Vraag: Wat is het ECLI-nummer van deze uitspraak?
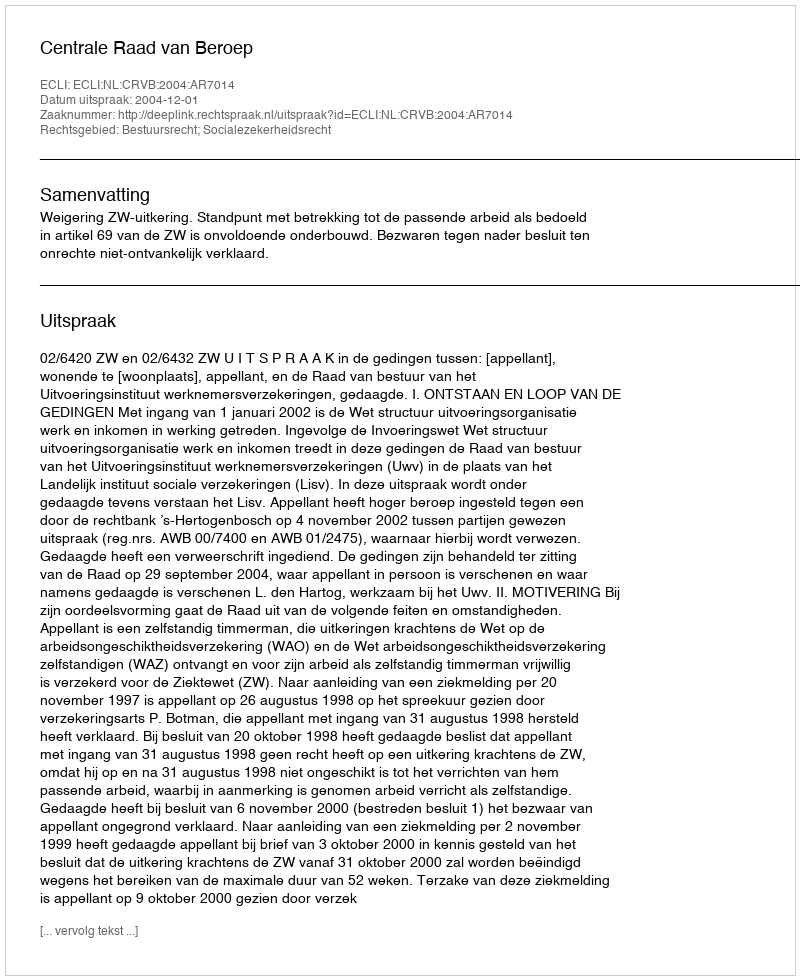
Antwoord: ECLI:NL:CRVB:2004:AR7014